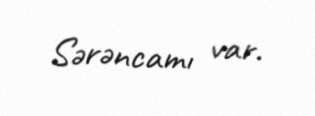
Sərəncamı var.